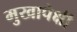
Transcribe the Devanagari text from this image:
मुखापेक्षी